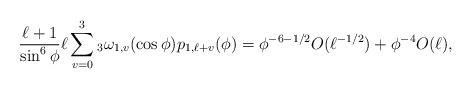
LaTeX: \begin{align*} \frac{\ell+1}{\sin^6 \phi} \ell \sum_{v=0}^{3} {_3}\omega_{1,v}(\cos \phi) p_{1,\ell+v}(\phi) = \phi^{-6-1/2}O(\ell^{-1/2})+\phi^{-4} O(\ell),\end{align*}